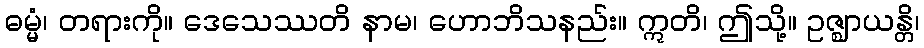
ဓမ္မံ၊ တရားကို။ ဒေသေဿတိ နာမ၊ ဟောဘိသနည်း။ ဣတိ၊ ဤသို့။ ဥဇ္ဈာယန္တိ၊